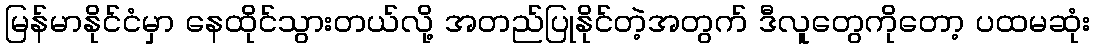
မြန်မာနိုင်ငံမှာ နေထိုင်သွားတယ်လို့ အတည်ပြုနိုင်တဲ့အတွက် ဒီလူတွေကိုတော့ ပထမဆုံး